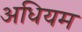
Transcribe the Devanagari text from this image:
अधियम